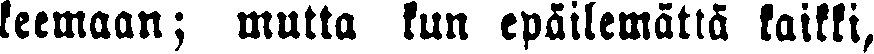
keemaan; mutta kun epäilemättä kaikki,